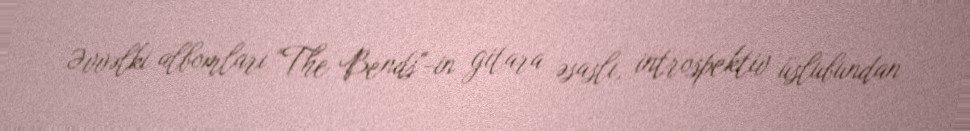
Əvvəlki albomları "The Bends"-in gitara əsaslı, introspektiv üslubundan